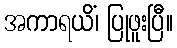
အကာရယိံ၊ ပြုဖူးပြီ။